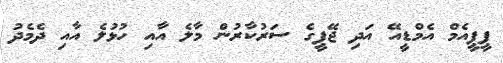
ޕީޕީއެމް އެމްޑީއޭ އަދި ޖޭޕީގެ ސަރުކާރުން މާލެ އާއި ހުޅުލެ އާއި ދެމެދު